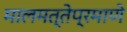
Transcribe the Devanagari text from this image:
मालमत्तेप्रमाणे